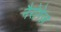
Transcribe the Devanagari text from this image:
नैरोगेज़